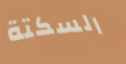
السكتة